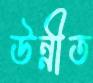
উন্নীত